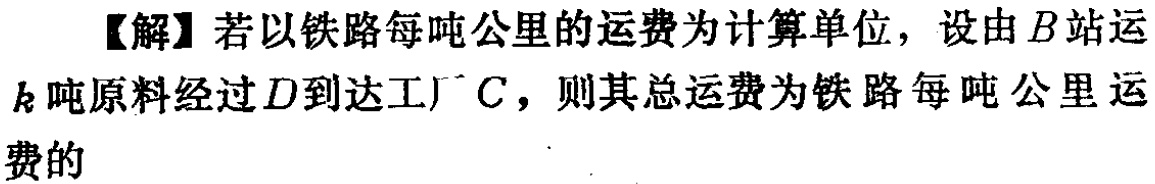
【解】若以铁路每吨公里的运费为计算单位，设由\(B\)站运\(k\)吨原料经过\(D\)到达工厂\(C\)，则其总运费为铁路每吨公里运费的